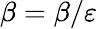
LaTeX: \beta=\beta/\varepsilon